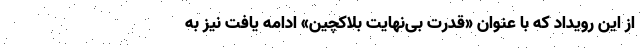
از این رویداد که با عنوان «قدرت بی‌نهایت بلاکچین» ادامه یافت نیز به